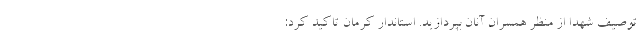
توصیف شهدا از منظر همسران آنان بپردازید. استاندار کرمان تاکید کرد: